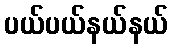
ပယ်ပယ်နယ်နယ်